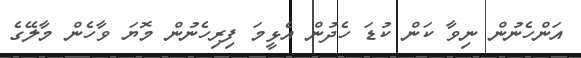
އަންހެނުން ނިވާ ކަން ކުޑަ ހެދުން އެޅީމަ ފިރިހެނުން މޮޔަ ވާހެން މާލޭގެ